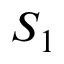
S _ { 1 }